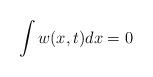
LaTeX: \begin{align*}\int w(x,t)dx=0\end{align*}